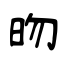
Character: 昒